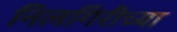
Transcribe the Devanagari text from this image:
निलगिरीच्या